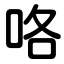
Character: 咯